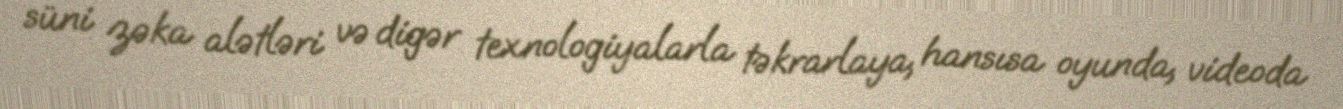
süni zəka alətləri və digər texnologiyalarla təkrarlaya, hansısa oyunda, videoda